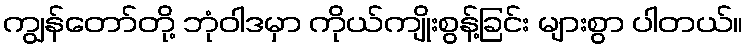
ကျွန်တော်တို့ ဘုံဝါဒမှာ ကိုယ်ကျိုးစွန့်ခြင်း များစွာ ပါတယ်။